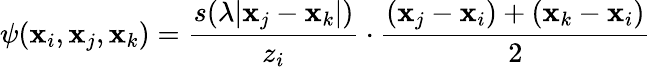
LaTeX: \displaystyle\psi(\mathbf{x}_{i},\mathbf{x}_{j},\mathbf{x}_{k})=\frac{s(\lambda|\mathbf{x}_{j}-\mathbf{x}_{k}|)}{z_{i}}\cdot\frac{(\mathbf{x}_{j}-\mathbf{x}_{i})+(\mathbf{x}_{k}-\mathbf{x}_{i})}{2}